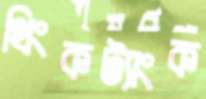
থিংকট্যাংক